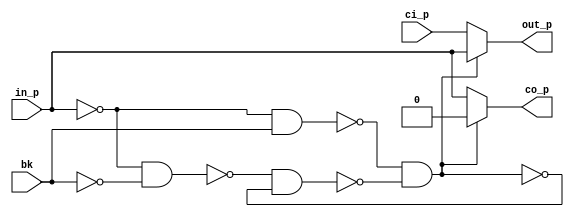
// This program was cloned from: https://github.com/intel/aib-phy-hardware
// License: Apache License 2.0

// SPDX-License-Identifier: Apache-2.0
// Copyright (C) 2019 Intel Corporation. All rights reserved
// Library - aibcr3_lib, Cell - aibcr3_dlycell_dcc, View - schematic
// LAST TIME SAVED: Aug  6 23:29:22 2016
// NETLIST TIME: Aug 17 15:46:58 2016
`timescale 1ps / 1ps 

module aibcr3_dlycell_dcc_rep ( co_p, out_p, bk, ci_p, in_p );

`ifdef TIMESCALE_EN
                timeunit 1ps;
                timeprecision 1ps;
`endif

output  co_p, out_p;

input  bk, ci_p, in_p;

wire bkbl;

parameter   BUF_DELAY = 20;

assign net0150 = ~in_p;
assign bkb     = ! bk;
assign net0173 = ! (net0150 & bk);
assign net0174 = ! (net0150 & bkb);
assign bkl     = ! (net0173 & bkbl);
assign bkbl    = ! (net0174 & bkl);

assign #BUF_DELAY co_p = bkl? in_p : 1'b0;
assign #BUF_DELAY out_p = bkl? ci_p : in_p;

endmodule